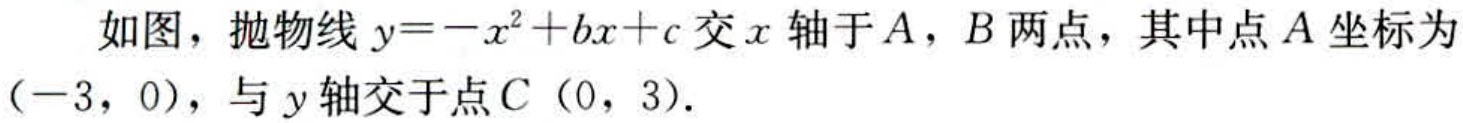
如图，抛物线\(y = -x^{2}+bx + c\)交\(x\)轴于\(A\)，\(B\)两点，其中点\(A\)坐标为\((-3,0)\)，与\(y\)轴交于点\(C(0,3)\).